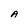
Character: A